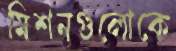
মিশনগুলোকে